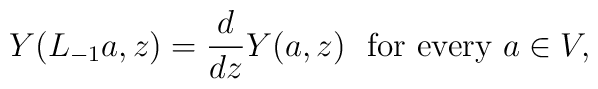
Y(L_{-1}a,z)=\frac{d}{dz}Y(a,z)\ \ \mbox{for every } a \in V ,